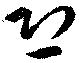
恐